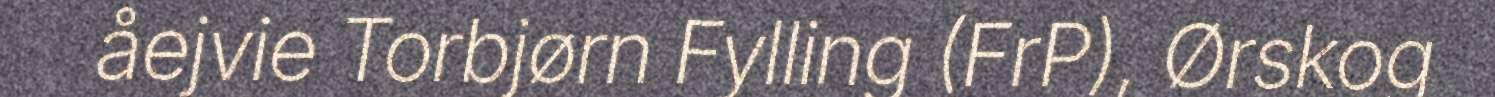
åejvie Torbjørn Fylling (FrP), Ørskog